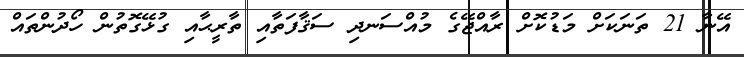
އޭނާ 21 ތަނަކަށް މަޑުކޮށް ރާއްޖޭގެ މުއްސަނދި ސަޤާފަތާއި ތާރީޙާއި ގުޅޭގޮތުން ހޯދުންތައް